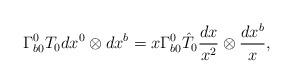
LaTeX: \begin{align*}\Gamma^0_{b0}T_0dx^0 \otimes dx^b = x\Gamma^0_{b0} \hat{T}_0 \frac{dx}{x^2} \otimes \frac{dx^b}{x},\end{align*}